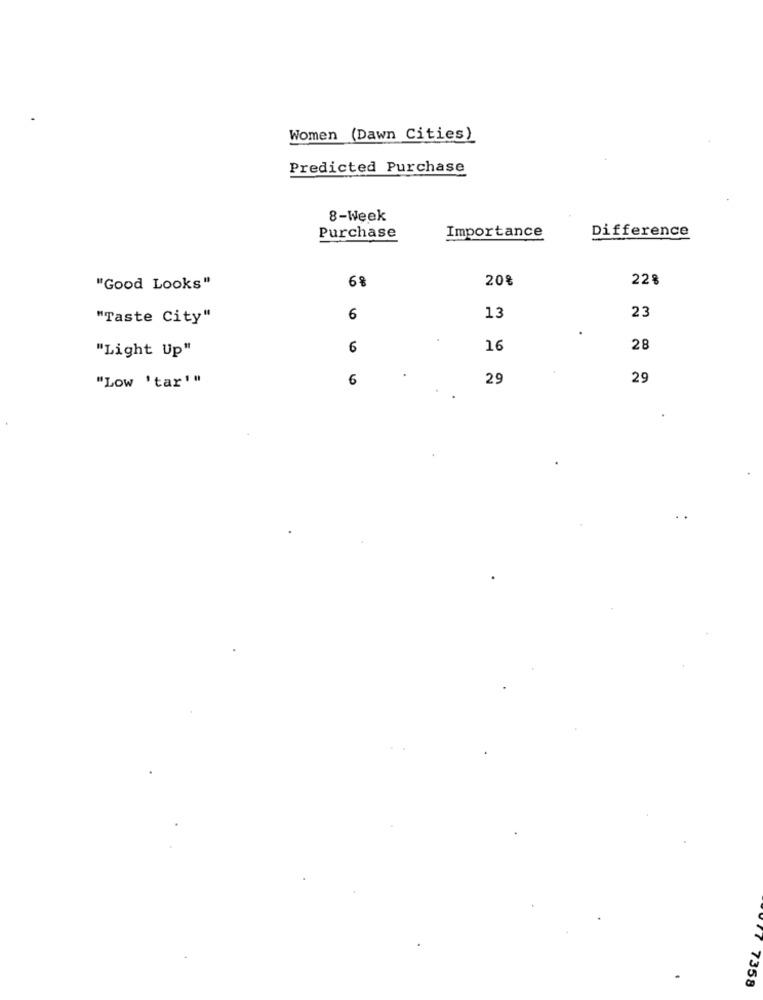
Women (Dawn Cities)
Predicted Purchase
8-Week
Importance
Difference
Purchase
68
20%
22%
"Good Looks"
23
"Taste City"
6
13
6
16
28
"Light Up"
"Low 'tar '"
6
29
29
7358